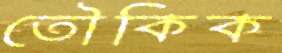
তৌকিক